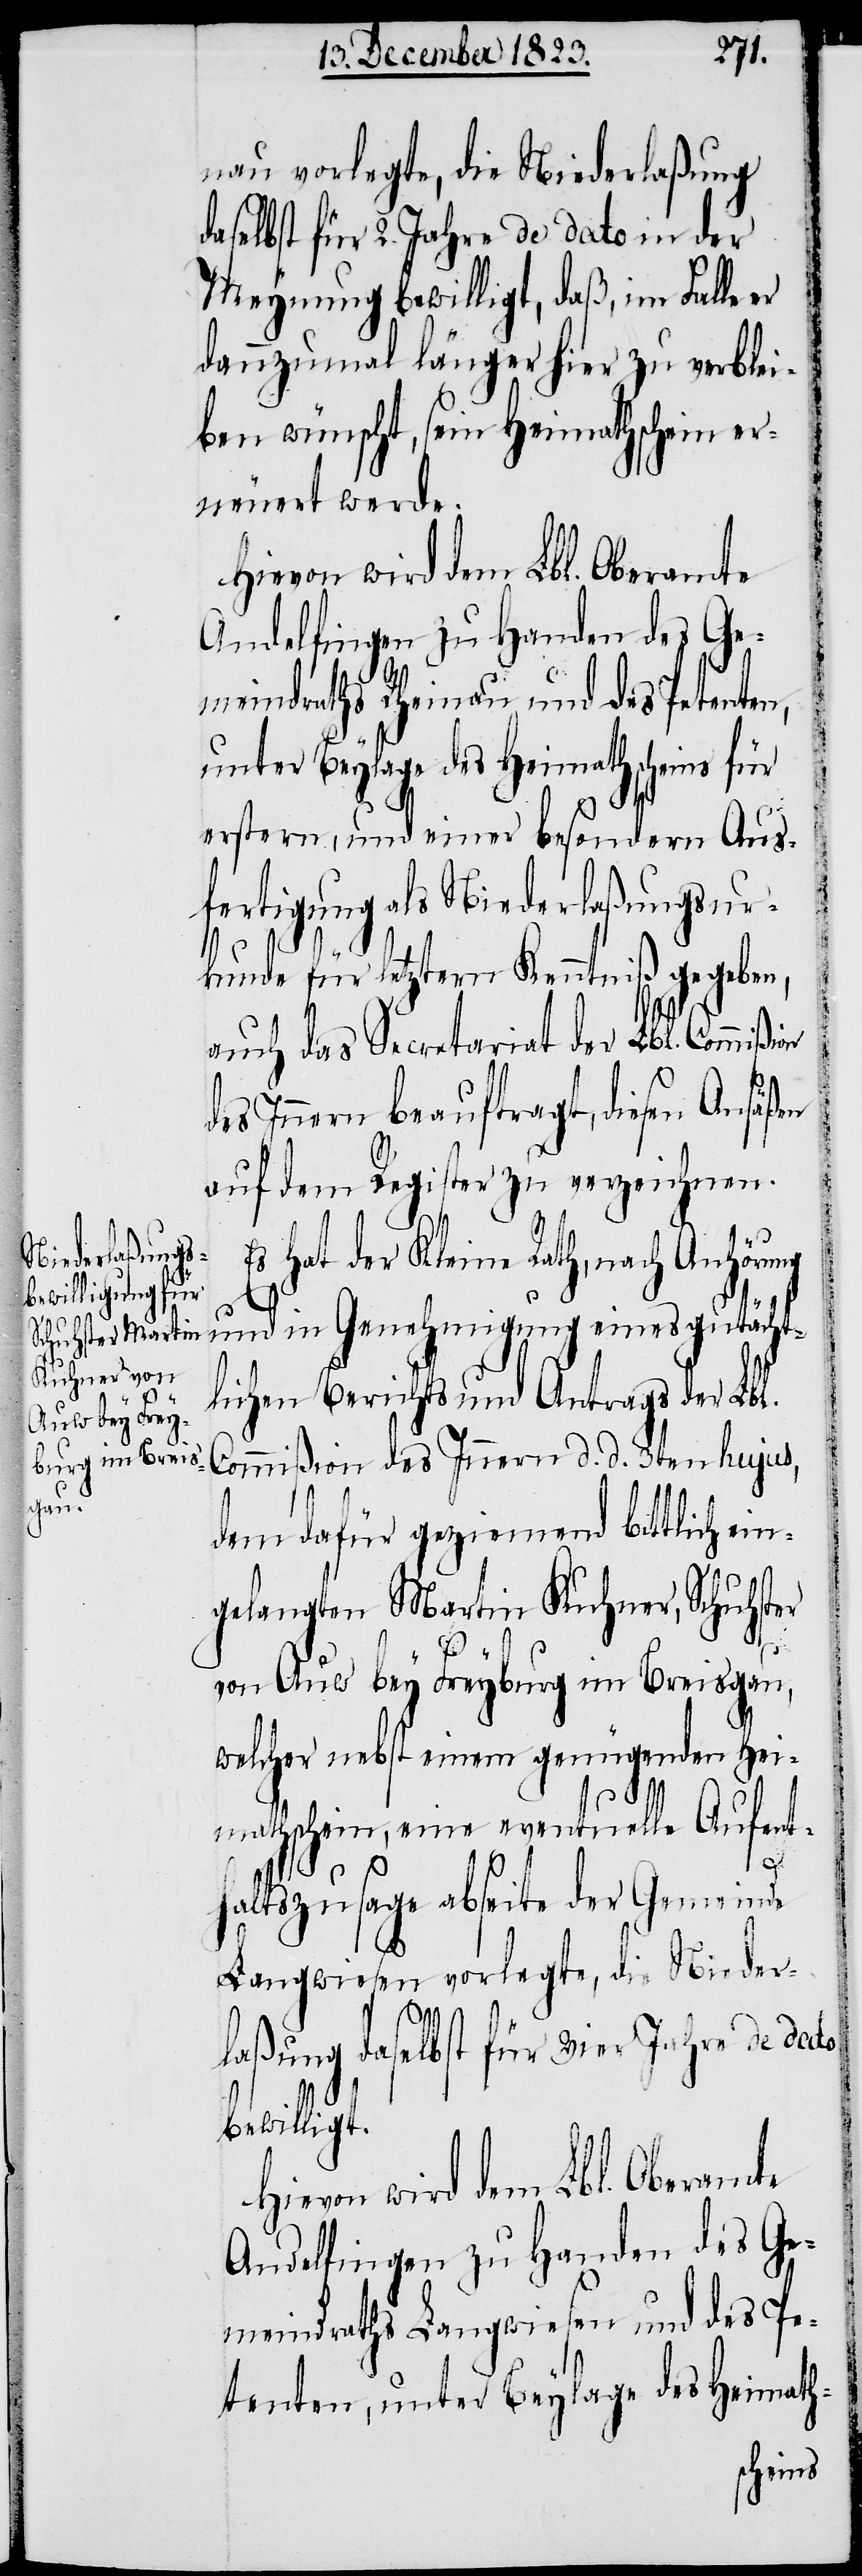
nau vorlegte, die Niederlaßung
daselbst für 2. Jahre de dato in der
Meynung bewilligt, daß, im Falle
dannzumal länger hier zu verblei¬
ben wünscht, sein Heimathschein er¬
neuert werde.
Hievon wird dem Lbl. Oberamte
Andelfingen zu Handen des Ge¬
meindraths Rheinau und des Petenten,
unter Beylage des Heimathscheins für
erstern, und einer besondern Aus¬
fertigung als Niederlaßungsur¬
kunde für letztern Kenntniß gegeben,
auch das Secretariat der Lbl. Commißi¬
des Innern beauftragt, diesen Ansäßen
auf dem Register zu verzeichnen.
Es hat der Kleine Rath, nach Anhörung
und in Genehmigung eines gutächt¬
lichen Berichts und Antrags der Lbl.
Commißion des Innern d. d. 3ten hujus,
dem dafür geziemend bittlich ein¬
gelangten Martin Kuhner, Schuhster
on
von Auw bey Freyburg im Breisgau,
welcher nebst einem genügenden Hei¬
mathschein, eine eventuelle Aufent¬
haltszusage abseite der Gemeinde
Langwiesen vorlegte, die Nieder¬
laßung daselbst für vier Jahre de dato
bewilligt.
meindraths Langwiesen und des Pe¬
tenten, unter Beylage des Heimath-